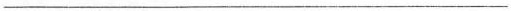
___